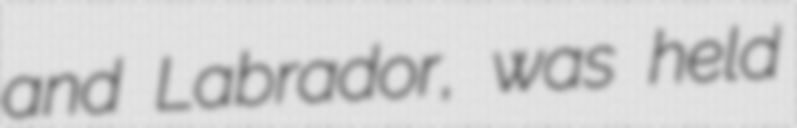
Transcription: and Labrador, was held